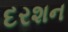
દરશન